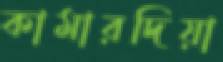
কামারদিয়া